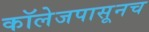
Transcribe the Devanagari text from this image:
कॉलेजपासूनच